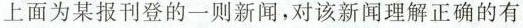
上面为某报刊登的一则新闻，对该新闻理解正确的有